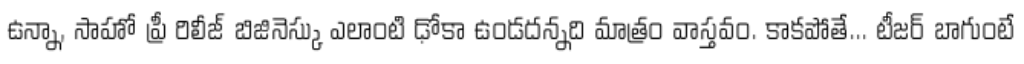
ఉన్నా, సాహో ప్రీ రిలీజ్ బిజినెస్కు ఎలాంటి ఢోకా ఉండదన్నది మాత్రం వాస్తవం. కాకపోతే... టీజర్ బాగుంటే